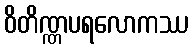
ဝိတိဏ္ဏပရလောကဿ